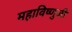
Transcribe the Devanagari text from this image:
महाविष्णुजी